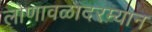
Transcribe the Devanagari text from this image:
लोणावळादरम्यान